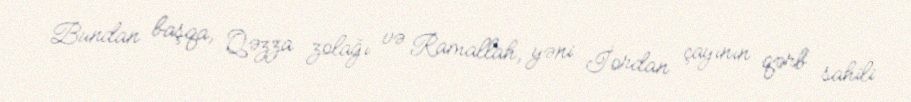
Bundan başqa, Qəzza zolağı və Ramallah, yəni İordan çayının qərb sahili